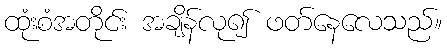
ထုံးစံအတိုင်း အချိန်လု၍ ဖတ်နေလေသည်။